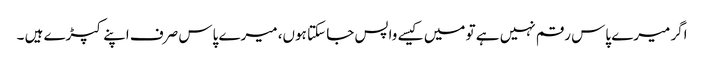
اگر میرے پاس رقم نہیں ہے تو میں کیسے واپس جا سکتا ہوں، میرے پاس صرف اپنے کپڑے ہیں ۔